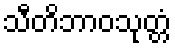
သီတိဘာဝသုတ္တံ